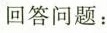
回答问题：